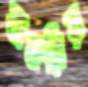
বাকরির